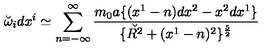
\breve { \omega } _ { i } d x ^ { i } \simeq \sum _ { n = - \infty } ^ { \infty } { \frac { m _ { 0 } a \{ ( x ^ { 1 } - n ) d x ^ { 2 } - x ^ { 2 } d x ^ { 1 } \} } { \{ \breve { R ^ { 2 } } + ( x ^ { 1 } - n ) ^ { 2 } \} ^ { \frac { 5 } { 2 } } } } \,